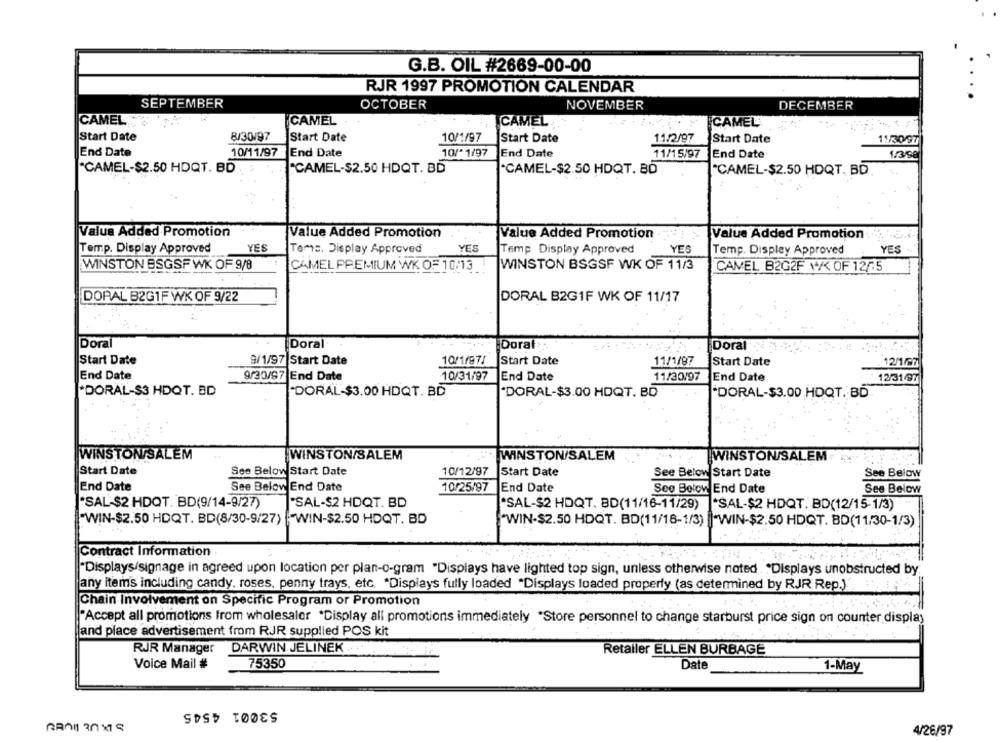
G.B. OIL #2669-00-00
RJR 1997 PROMOTION CALENDAR
SEPTEMBER
OCTOBER
NOVEMBER
DECEMBER
CAMEL
CAMEL
CAMEL
CAMEL
Start Date
8/30/97
Start Date
10/1/97
Start Date
11/2/97
Start Date
11/30/97
End Date
10/11/97
End Date
10/* 1/97
End Date
11/15/97
End Date
1/3/se
*CAMEL-$2.50 HDQT. BD
"CAMEL-$2.50 HDQT. BD
"CAMEL-$2.50 HDQT. BO
CAMEL-$2.50 HDQT, BD
Value Added Promotion
Value Added Promotion
Value Added Promotion
Value Added Promotion
Temp. Display Approved
YES
Tems. Display Approved
YES
Temp Display Approved
YES
Temp. Display Approved
YES +
WINSTON BSGSF WK OF 9/8
CAMEL PREMIUM WK OF 10/13
WINSTON BSGSF WK OF 11/3
CAMEL B2G2F YX OF 12/15
DORAL B2G1F WK OF 9/22
DORAL B2GIF WK OF 11/17
Doral
Doral
Doral
Doral
Start Date
9/1/97 Start Date
10/1/97/
Start Date
11/1/97
Start Date
12/1/97
End Date
9/30/87 End Date
10/31/97
End Date
11/30/97
End Date
12/31/97
*DORAL-$3 HDQT. BD
"DORAL-$3.00 HDQT. BD
"DORAL-$3.00 HDQT. BD
"DORAL-$3.00 HDQT, BD.
WINSTONSALEM
WINSTON/SALEM
WINSTON/SALEM
WINSTONSALEM
Start Date
See Below Start Date
10/12/97 Start Date
See Below Start Date
See Below
End Date
See Below End Date
10/25/97 End Date
See Below End Date
See Below
"SAL-$2 HDQT. BD(9/14-9/27)
"SAL-$2 HDQT. BD
"SAL-$2 HDQT. BD(11/16-11/29)
"SAL-$2 HDQT. BD(12/15-1/3)
"WIN-$2.50 HDQT. BD(8/30-9/27) |"WIN-$2.50 HDQT. BD
"WIN-$2.50 HDQT. BD(11/16-1/3) |"WIN-$2.50 HDQT. BD(11/30-1/3)
Contract Information
"Displays/signage in agreed upon location per plan-o-gram "Displays have lighted top sign, unless otherwise noted . "Displays unobstructed by
any items including candy, roses, penny trays, etc. "Displays fully loaded "Displays loaded property (as determined by RJR Rep.)
Chain Involvement on Specific Program or Promotion
"Accept all promotions from wholesaler "Display all promotions immediately "Store personnel to change starburst price sign on counter display
and place advertisement from RJR supplied POS kit
RJR Manager DARWIN JELINEK
Retaller ELLEN BURBAGE
Voice Mail #
75350
Date
1-May
53001 4545
4/26/97